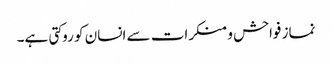
نماز فواحش و منکرات سے انسان کو روکتی ہے۔